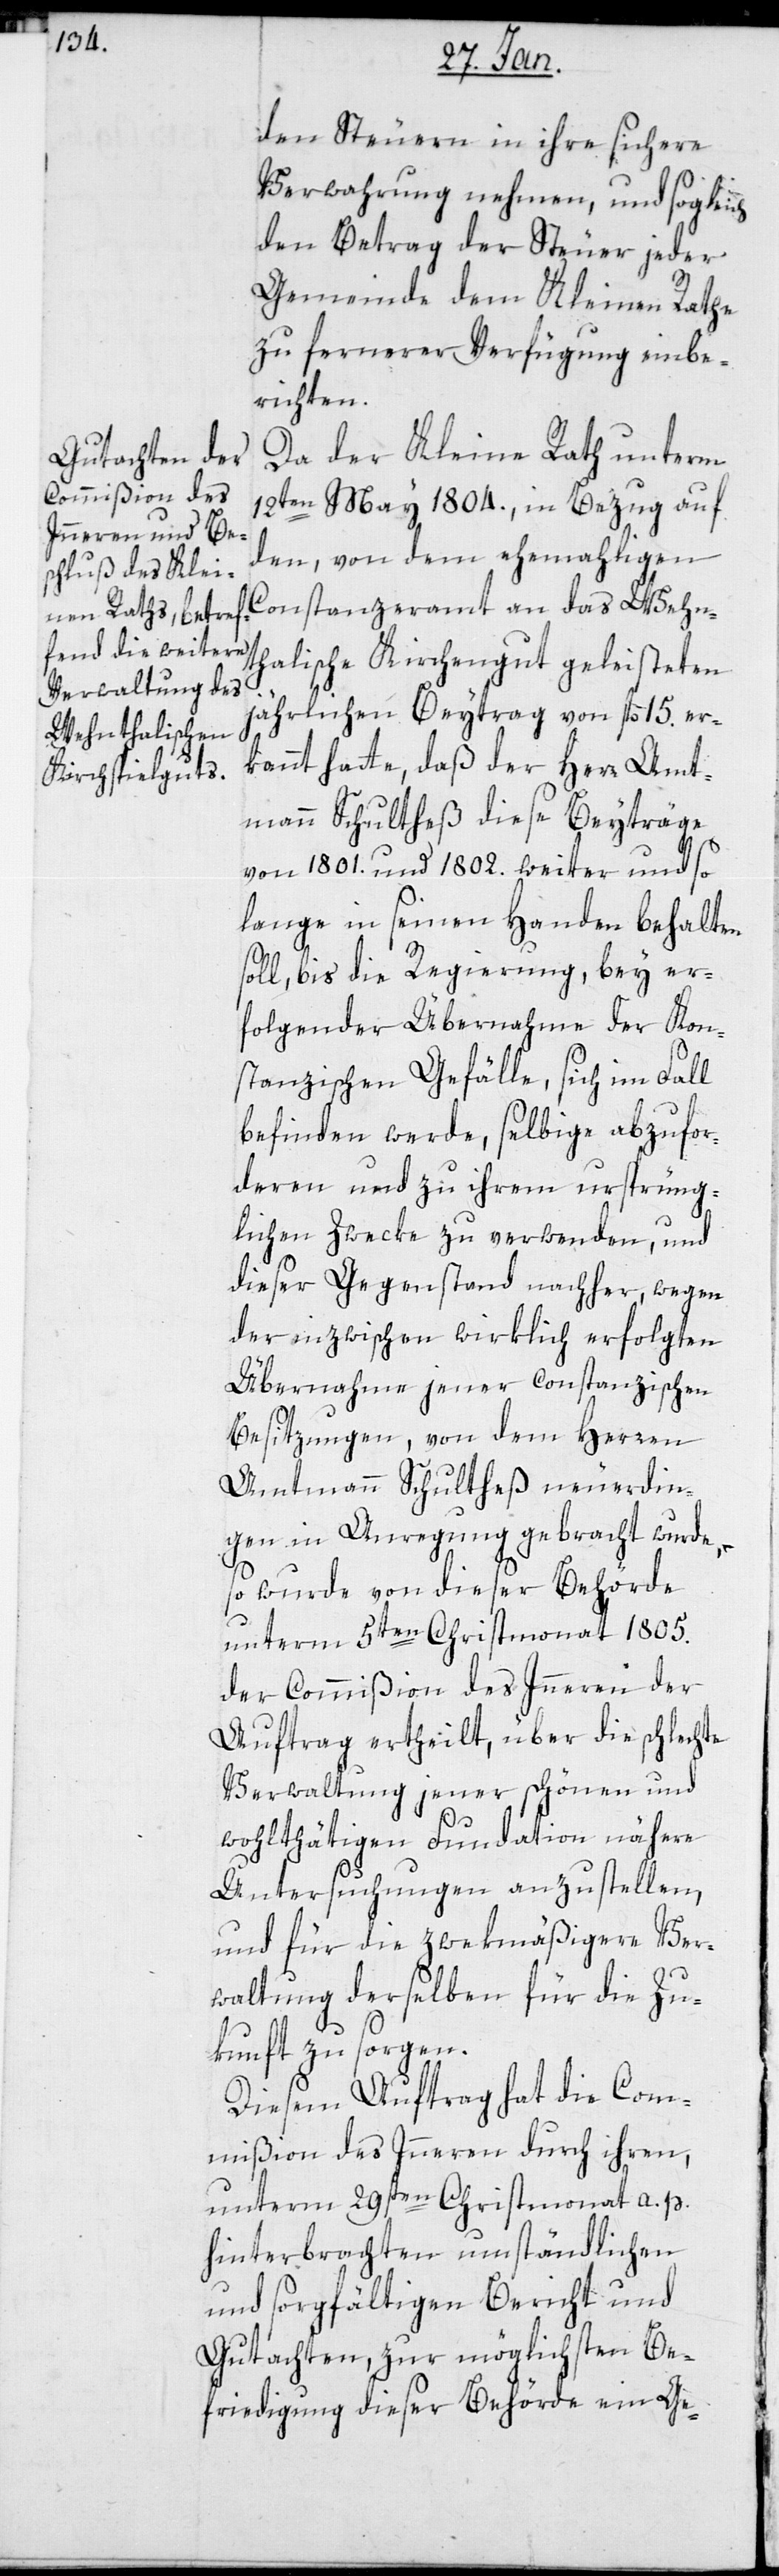
den Steuern in ihre sichere
Verwahrung nehmen, und sogleich
den Betrag der Steuer jeder
Gemeinde dem Kleinen Rathe
zu fernerer Verfügung einbe¬
richten.
Da der Kleine Rath unterm
12ten Mai 1804, in Bezug auf
den von dem ehemaligen
Konstanzeramt an das Wehn¬
thalische Kirchengut geleisteten
jährlichen Beitrag von fl. 15. er¬
kannt hatte, daß der Herr Amt¬
mann Schultheß diese Beyträge
von 1801. und 1802. weiter und so
lange in seinen Handen behalten
soll, bis die Regierung, bey er¬
folgender Übernahme der kon¬
stanzischen Gefälle, sich im Fall
befinden werde, selbige abzufor¬
deren und zu ihrem ursprüng¬
lichen Zwecke zu verwenden, und
dieser Gegenstand nachher, wegen
der inzwischen wirklich erfolgten
Übernahme jener konstanzischen
Besitzungen, von dem Herren
Amtmann Schultheß neuerdin¬
gen in Anregung gebracht wurde,
so wurde von dieser Behörde
unterm 5ten Christmonat 1805.
der Commißion des Innern der
Auftrag ertheilt, über die schlechte
Verwaltung jener schönen und
wohlthätigen Fundation nähere
Untersuchungen anzustellen,
und für die zwekmäßigere Ver¬
waltung derselben für die Zu¬
kunft zu sorgen.
Diesem Auftrag hat die Com¬
mißion des Innern durch ihren,
unterm 29sten Christmonat a. p.
hinterbrachten umständlichen
und sorgfältigen Bericht und
Gutachten, zur möglichsten Be¬
friedigung dieser Behörde ein Ge-